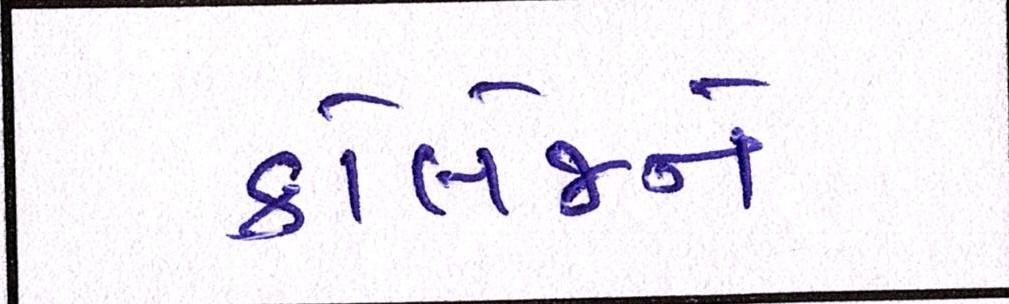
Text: કોલેજને